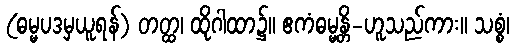
(ဓမ္မပဒမှယူရန်) တတ္ထ၊ ထိုဂါထာ၌။ ဧကံဓမ္မန္တိ-ဟူသည်ကား။ သစ္စံ၊